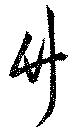
竹